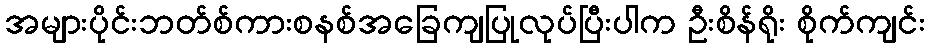
အများပိုင်းဘတ်စ်ကားစနစ်အခြေကျပြုလုပ်ပြီးပါက ဦးစိန်ရိုး စိုက်ကျင်း